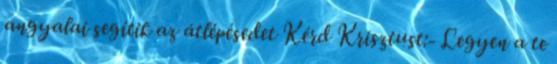
angyalai segítik az átlépésedet Kérd Krisztust:- Legyen a te